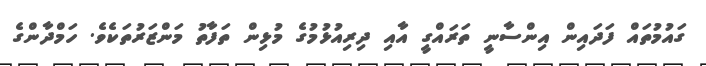
ގައުމުތައް ފަދައިން އިންސާނީ ތަރައްގީ އާއި ދިރިއުޅުމުގެ މުޅިން ތަފާތު މަންޒަރުތަކެވެ. ހަމްދާންގެ